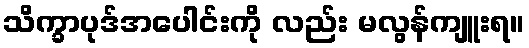
သိက္ခာပုဒ်အပေါင်းကို လည်း မလွန်ကျူးရ။